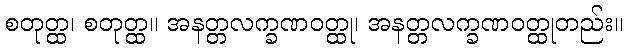
စတုတ္ထ၊ စတုတ္ထ။ အနတ္တလက္ခဏဝတ္ထု၊ အနတ္တလက္ခဏဝတ္ထုတည်း။